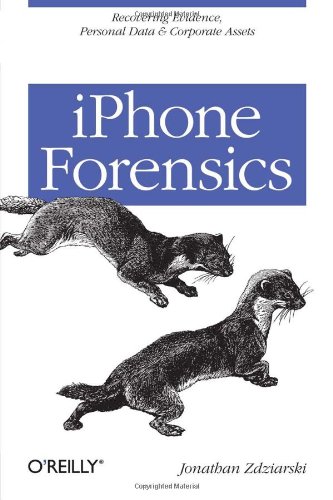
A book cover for iPhone Forensics: Recovering Evidence, Personal Data, and Corporate Assets; Jonathan Zdziarski; Computers & Technology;